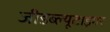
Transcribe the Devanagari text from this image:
जीडब्ल्यूटाइगर